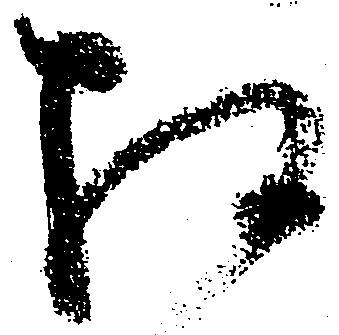
相